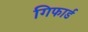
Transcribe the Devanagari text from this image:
गिफार्ड